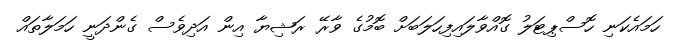
ހަމައެކަނި ހޮސްޕިޓަލު ގޮއްވާލައިފިހަލަބަށް ބޮމުގެ ވާރޭ ރަޝިޔާ އިން އަދިވެސް ގެންދަނީ ހަމަލާތައް